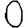
Digit: 0